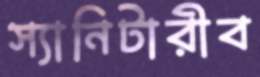
স্যানিটারীব